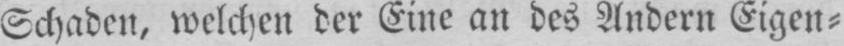
Schaden, welchen der Eine an des Andern Eigen⸗